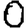
Digit: 0